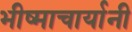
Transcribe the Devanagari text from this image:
भीष्माचार्यानी